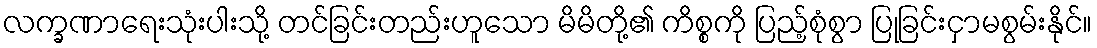
လက္ခဏာရေးသုံးပါးသို့ တင်ခြင်းတည်းဟူသော မိမိတို့၏ ကိစ္စကို ပြည့်စုံစွာ ပြုခြင်းငှာမစွမ်းနိုင်။